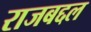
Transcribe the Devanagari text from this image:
राजबद्दल